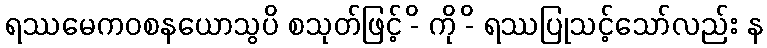
ရဿမေကဝစနယောသွပိ စသုတ်ဖြင့် -ိ ကို -ိ ရဿပြုသင့်သော်လည်း န